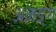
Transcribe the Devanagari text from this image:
अनङ्‌ग